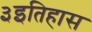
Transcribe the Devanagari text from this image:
३इतिहास